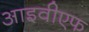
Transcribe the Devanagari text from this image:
आइवीएफ